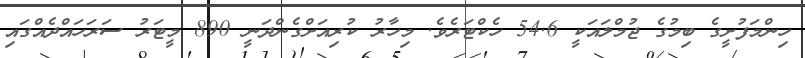
ހިންމަފުށީގެ ބިމުގެ ޖުމްލައަކީ 54.6 ހެކްޓަރެވެ. މިހާރު ކުރިއަށްގެންދަނީ 890 މީޓަރު ސަރަހައްްދެއްގައި